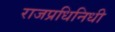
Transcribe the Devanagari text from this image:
राजप्रधिनिधी